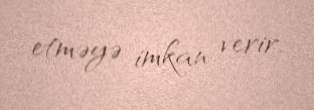
etməyə imkan verir.